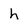
Character: h